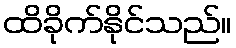
ထိခိုက်နိုင်သည်။